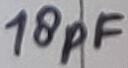
Text: 18pF